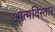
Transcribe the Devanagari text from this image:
आत्मविस्तार